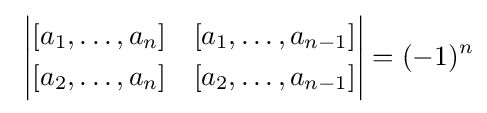
\,\,{\begin{vmatrix}[a_{1},\ldots ,a_{n}]&[a_{1},\ldots ,a_{n-1}]\\[1mm][a_{2},\ldots ,a_{n}]&[a_{2},\ldots ,a_{n-1}]\end{vmatrix}}=(-1)^{n}